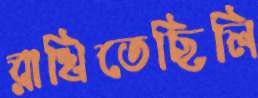
রাখিতেছিলি